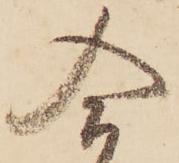
合